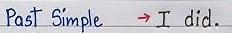
Past Simple    -> I did.